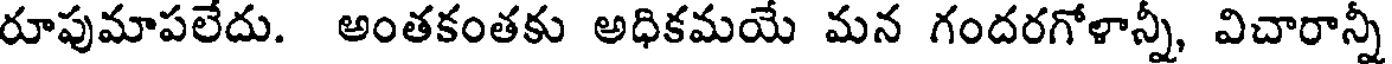
రూపుమాపలేదు. అంతకంతకు అధికమయే మన గందరగోళాన్నీ, విచారాన్నీ